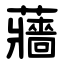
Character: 蘠